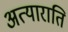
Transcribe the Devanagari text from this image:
अत्याराति